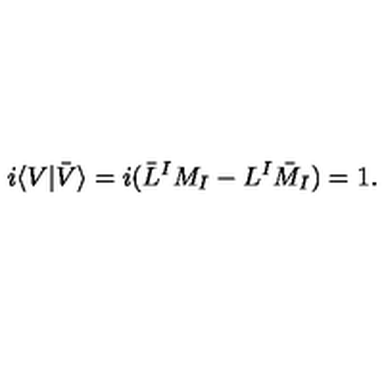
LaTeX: i \langle V | \bar { V } \rangle = i ( \bar { L } ^ { I } M _ { I } - L ^ { I } \bar { M } _ { I } ) = 1 .